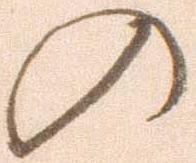
の